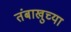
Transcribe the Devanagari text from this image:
तंबाखुच्या